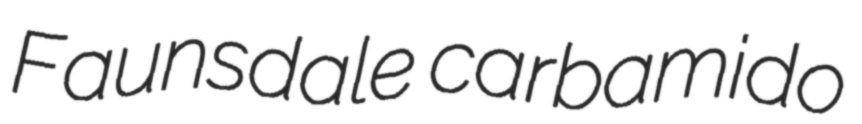
Faunsdale carbamido